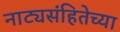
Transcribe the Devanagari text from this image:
नाट्यसंहितेच्या